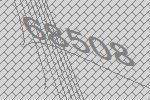
68508